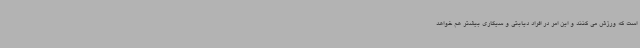
است که ورزش می کنند و این امر در افراد دیابتی و سیگاری بیشتر هم خواهد